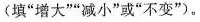
(填”增大””减小”或”不变”)。